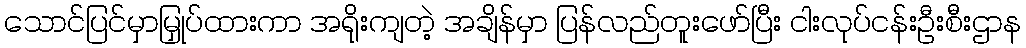
သောင်ပြင်မှာမြှုပ်ထားကာ အရိုးကျတဲ့ အချိန်မှာ ပြန်လည်တူးဖော်ပြီး ငါးလုပ်ငန်းဦးစီးဌာန